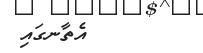
އެތާނގައި